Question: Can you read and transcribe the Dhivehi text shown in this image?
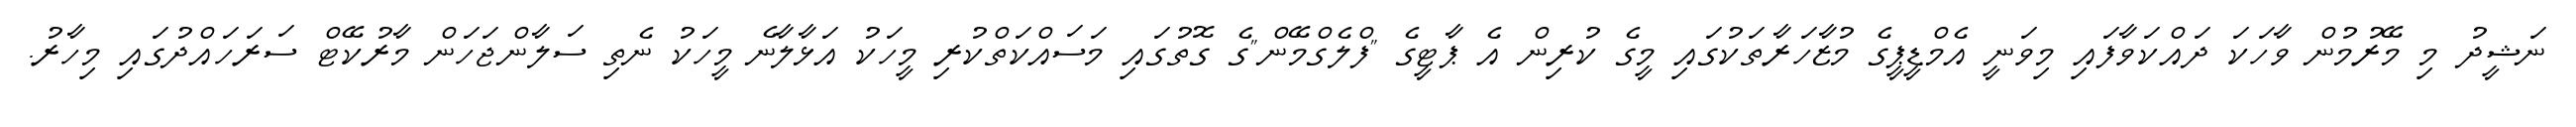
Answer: ނަޝީދު މި މޭރުމުން ވާހަކަ ދައްކަވާފައި މިވަނީ އެމްޑީޕީގެ މުޒާހަރާތަކުގައި މީގެ ކުރިން އެ ޕާޓީގެ "ފްލެގްމޭން"ގެ ގޮތުގައި މަސައްކަތްކުރި މީހަކު އަޅާލާނެ މީހަކު ނެތި ސަލާންޖަހަން މާރުކޭޓް ސަރަހައްދުގައި މިހާރު.